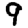
Digit: 9